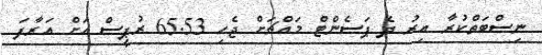
ނިސްބަތްކުރާ އިރު ދެ ޕަސެންޓް މައްޗަށް ޖެހި 65.53 ރުޕީސް އަށް އަރާފަ